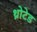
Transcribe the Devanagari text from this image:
थ्रोटेड